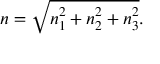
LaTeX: n = { \sqrt { n _ { 1 } ^ { 2 } + n _ { 2 } ^ { 2 } + n _ { 3 } ^ { 2 } } } .